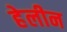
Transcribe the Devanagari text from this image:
हेलीन